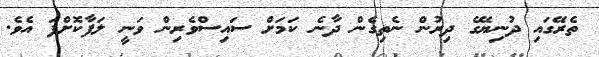
ތެރޭގައި ދުނިޔޭގެ ދިރުން ނެތިގެން ދާނެ ކަމަށް ސައިސްވެރިން ވަނީ ލަފާކޮށްފަ އެވެ.